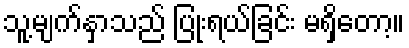
သူ့မျက်နှာသည် ပြုံးရယ်ခြင်း မရှိတော့။